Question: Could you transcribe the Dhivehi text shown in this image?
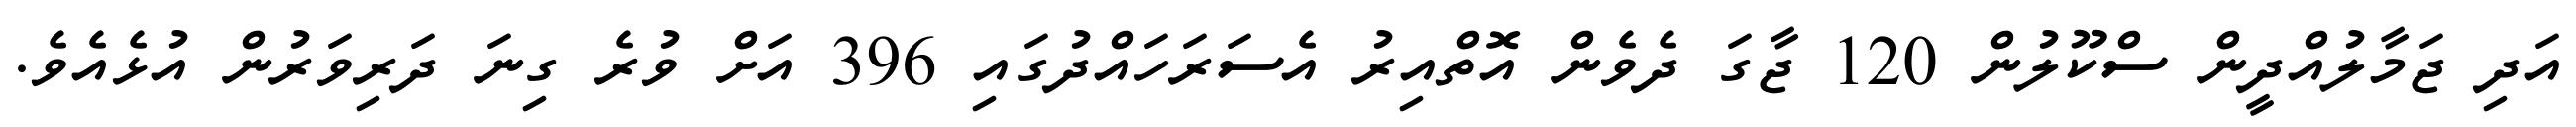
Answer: އަދި ޖަމާލުއްދީން ސްކޫލުން 120 ޖާގަ ދެވެން އޮތްއިރު އެސަރަހައްދުގައި 396 އަށް ވުރެ ގިނަ ދަރިވަރުން އުޅެއެވެ.